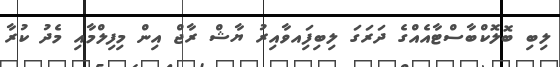
ލިބި ބޮލޮކްބާސްޓާއެއްގެ ދަރަގަ ލިބިފަިއވާއިރު ޔާޝް ރާޖް އިން މިފިލްމާއި މެދު ކުރާ